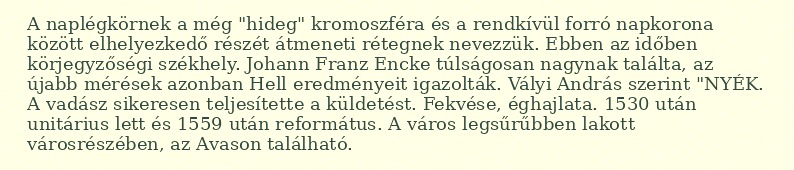
A naplégkörnek a még "hideg" kromoszféra és a rendkívül forró napkorona között elhelyezkedő részét átmeneti rétegnek nevezzük. Ebben az időben körjegyzőségi székhely. Johann Franz Encke túlságosan nagynak találta, az újabb mérések azonban Hell eredményeit igazolták. Vályi András szerint "NYÉK. A vadász sikeresen teljesítette a küldetést. Fekvése, éghajlata. 1530 után unitárius lett és 1559 után református. A város legsűrűbben lakott városrészében, az Avason található.